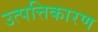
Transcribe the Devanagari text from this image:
उत्पत्तिकारण